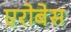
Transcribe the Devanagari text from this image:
एरोबेस